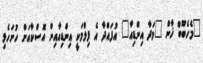
"މެހެބޫބް ޚާން "މަދާ އިންޑިއާ" އުފައްދާ އެ ފިލްމަކީ އިންޑިއާއިން އޮސްކާއަށް ހުށަހެޅި